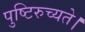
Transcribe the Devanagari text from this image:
पुष्टिरुच्यते।